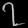
Digit: ၇